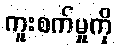
ကူးစက်မှုကို